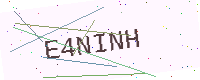
Text: E4NINH